Newspaper: Evening times-Republican. [volume]
Place of publication: Marshalltown, Iowa
Publisher: Times-Republican Print. Co.
Date: 1900-01-04 00:00:00
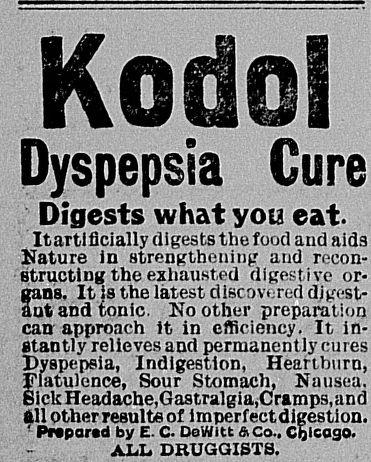
Advertisement text (OCR):
Dyspepsia Cure Digests what you eat. I It artificially digests the food and aids Nature in strengthening and recon structing the exhausted digestive or- futand n08 It is the latest discovered dj^cst tonic. No other preparation can-approach it in efficiency. It in stantly relieves and permanently cures Dyspepsia, Indigestion, Heartburn, Flatulence, Sour Stomach, Nausea. BickHeadache,Gastralgia,Cramps,and All Other results of lmperfectdigestion. Prtparad by E- C. DeWitt a Co.. Chicago. ALL. DRUGGISTS,
Label: text-only